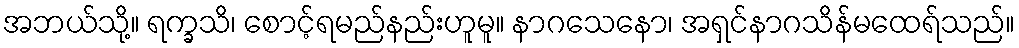
အဘယ်သို့။ ရက္ခသိ၊ စောင့်ရမည်နည်းဟူမူ။ နာဂသေနော၊ အရှင်နာဂသိန်မထေရ်သည်။